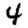
Digit: 4